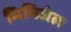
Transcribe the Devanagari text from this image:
मिनिजेल